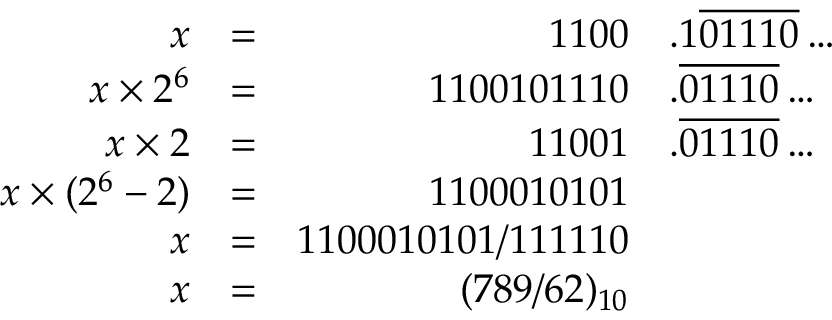
{ \begin{array} { r l r l } { x } & { = } & { 1 1 0 0 } & { . 1 { \overline { { 0 1 1 1 0 } } } \ldots } \\ { x \times 2 ^ { 6 } } & { = } & { 1 1 0 0 1 0 1 1 1 0 } & { . { \overline { { 0 1 1 1 0 } } } \ldots } \\ { x \times 2 } & { = } & { 1 1 0 0 1 } & { . { \overline { { 0 1 1 1 0 } } } \ldots } \\ { x \times ( 2 ^ { 6 } - 2 ) } & { = } & { 1 1 0 0 0 1 0 1 0 1 } \\ { x } & { = } & { 1 1 0 0 0 1 0 1 0 1 / 1 1 1 1 1 0 } \\ { x } & { = } & { ( 7 8 9 / 6 2 ) _ { 1 0 } } \end{array} }